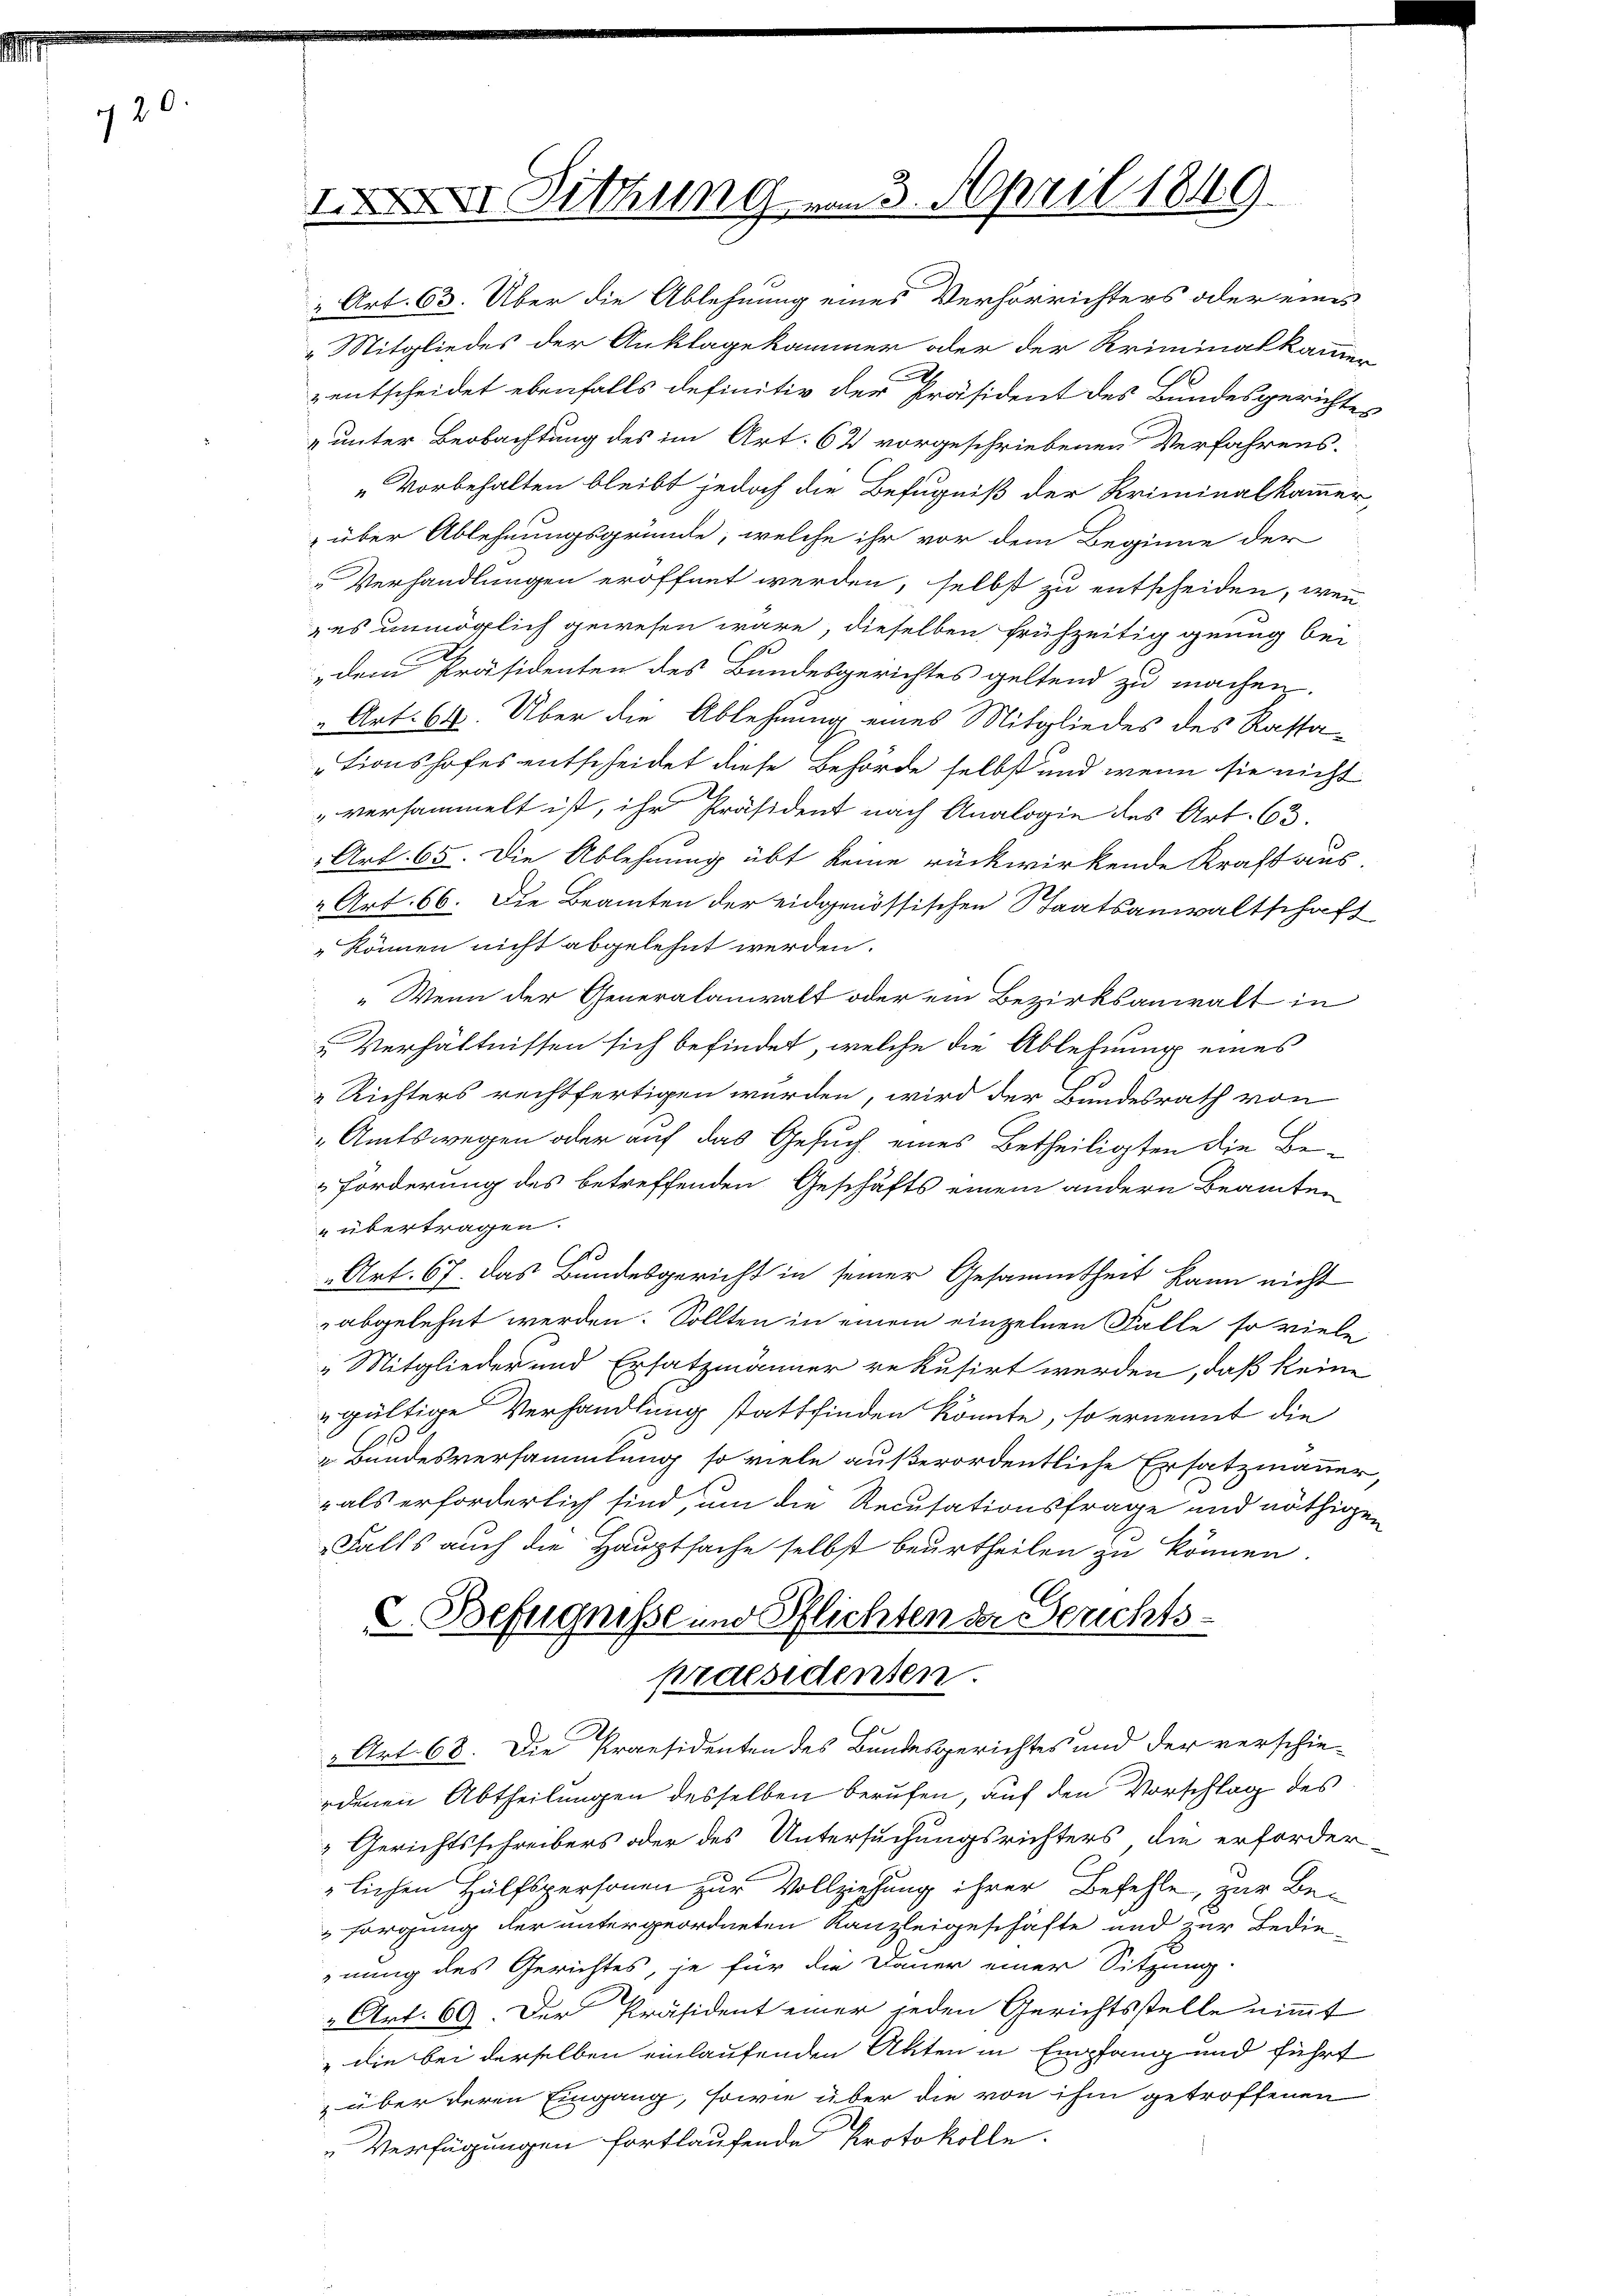
20

II Lithung vom 3. April 1849.

2 Art. 63. Über die Ablehnung eines Verhörrichters oder eines
 Mitgliedes der Anklagekammer oder der Kriminalkammer
e
entscheidet ebenfalls definitiv der Präsident des Bundesgerichten
„unter Beobachtung des im Art. 62 vorgeschriebenen Verfahrens.
„Vorbehalten bleibt jedoch die Befugniß der Kriminalkammer,
über Ablehnungsgründe, welche ihr vor dem Beginne der
Verhandlungen eröffnet werden, selbst zu entscheiden, wenn
es unmöglich gewesen wäre, dieselben frühzeitig genug bei
1
dem Präsidenten des Bundesgerichtes geltend zu machen.
 Art. 68. Über die Ablehnung eines Mitgliedes des Kassationshofes entscheidet diese Behörde selbst und wenn sie nicht
"versammelt ist, ihr Präsident nach Analogie des Art. 63.
 Art. 65. Die Ablehnung übt keine rückwirkende Kraft aus-
" Art. 66. Die Beamten der eidgenössischen Staatsanwaltschaft
„können nicht abgelehnt werden.
„Wenn der Generalanwalt oder ein Bezirksanwalt in
Verhältnissen sich befindet, welche die Ablehnung eines
s
Richters rechtfertigen würden, wird der Bundesrath von
"Amtswegen oder auf das Gesuch eines Betheiligten die Be¬
Förderung des betreffenden Geschäfts einem andern Beamten
" übertragen.
" Art. 67. Das Bundesgericht in seiner Gesammtheit kann nicht
abgelehnt werden. Sollten in einem einzelnen Falle so viele
Mitglieder und Ersatzmänner rekusirt werden, daß keine
gültige Verhandlung stattfinden könnte, so ernennt die
69
u Bundesversammlung so viele außerordentliche Ersatzmanner
als erforderlich sind, um die Recusationsfrage und nöthige
Falls auch die Hauptsache selbst beurtheilen zu können.
C
C. Befugnisse und Pflichten der Serichts-
praesidenten.
 Art. 68. Die Praesidenten des Bundesgerichtes und der verschieedenen Abtheilungen desselben berufen, auf den Vorschlag des
Gerichtsschreibers oder des Untersuchungsrichters die erforder
lichen Hülfspersonen zur Vollziehung ihrer Befehle, zur Besorgung der untergeordneten Kanzleigeschäfte und zur Bedienung des Gerichtes, je für die Dauer einer Sitzung.
" Art. 69. Der Präsident einer jeden Gerichtsstelle nimmt
„die bei derselben einlaufenden Akten in Empfang und führt
über deren Eingang, sowie über die von ihm getroffenen
Verfügungen fortlaufende Protokolle.